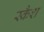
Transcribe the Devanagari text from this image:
स्कैश